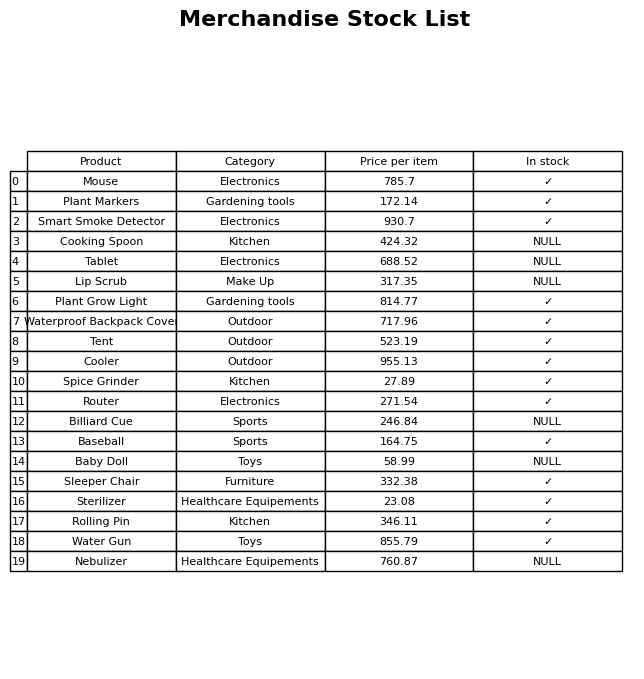
question: What is the stock status of the Billiard Cue?
answer: NULL